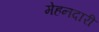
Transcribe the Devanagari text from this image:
मेहनदारी